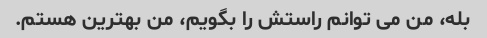
بله، من می توانم راستش را بگویم، من بهترین هستم.